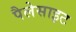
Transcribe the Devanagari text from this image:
पैलेसाइट